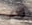
واعي